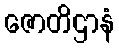
ဇောတိဌာနံ